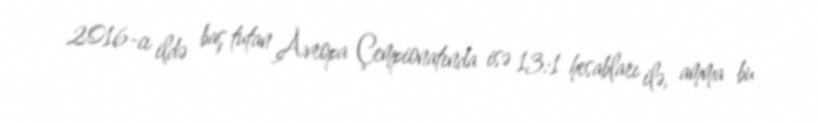
2016-cı ildə baş tutan Avropa Çempionatında isə 13:1 hesabları ilə, amma bu